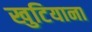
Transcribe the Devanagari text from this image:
खुटियाना